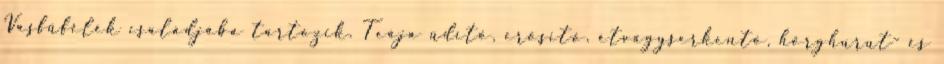
Vasfűfélék családjába tartozik. Teája üdítő, erősítő, étvágyserkentő, hörghurut- és